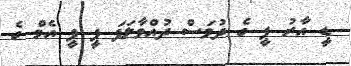
ޑީ އާރު ޕީ ގެ ދުވަސް ދުއްވާލަފަ ޕީ ޕީ އެމް ގެ